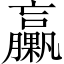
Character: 臝